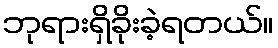
ဘုရားရှိခိုးခဲ့ရတယ်။